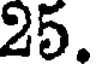
25.